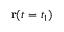
\mathbf { r } ( t = t _ { 1 } )